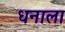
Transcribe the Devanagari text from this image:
धनाला